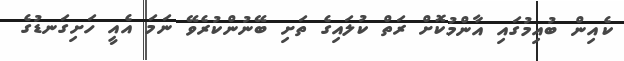
ކެއިން ބުއިމުގައި އާންމުކޮށް ރަތް ކުލައިގެ ތަށި ބޭނުންކުރެވޭ ނަމަ އެއީ ހަށިގަނޑުގެ